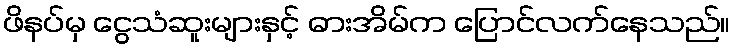
ဖိနပ်မှ ငွေသံဆူးများနှင့် ဓားအိမ်က ပြောင်လက်နေသည်။